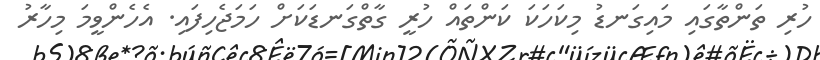
ހުރި ތަންތާގައި މައިގަނޑު މިކަހަކަ ކަންތައް ހުރީ ގާތްގަނޑަކަށް ހަމަޖެހިފައި. އެހެންވީމަ މިހާރު